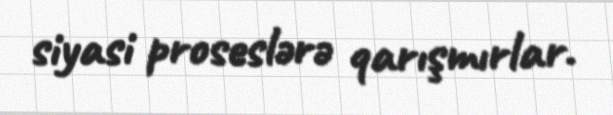
siyasi proseslərə qarışmırlar.